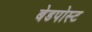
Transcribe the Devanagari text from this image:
बेडपोस्ट